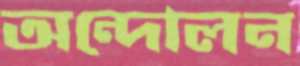
অন্দোলন